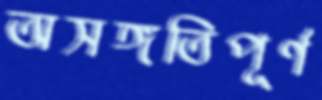
অসঙ্গতিপূর্ণ